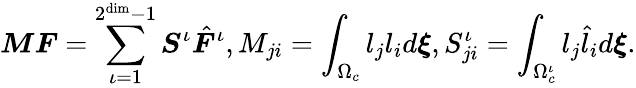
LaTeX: \boldsymbol{M}\boldsymbol{F}=\sum_{\iota=1}^{2^{\dim}-1}\boldsymbol{S}^{\iota}\hat{\boldsymbol{F}}^{\iota},M_{ji}=\int_{\Omega_{c}}l_{j}l_{i}d\boldsymbol{\xi},S_{ji}^{\iota}=\int_{\Omega_{c}^{\iota}}l_{j}\hat{l}_{i}d\boldsymbol{\xi}.